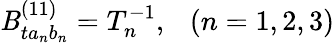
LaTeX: \mathit{B}_{ta_{n}b_{n}}^{(11)}=T_{n}^{-1},\ \ \ (n=1,2,3)